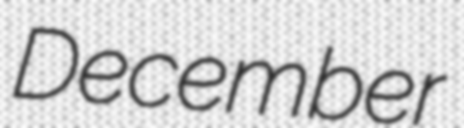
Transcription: December